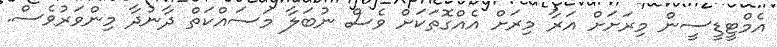
އެމްޓީޑީސީން މިރަށަށް އަރާ މިރަށް އެެއްގޮތަކަށް ވެސް ނުބަލާ މަސައްކަތް ދާނުދާ މިންވަރުވެސް.